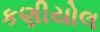
કણીયોલ